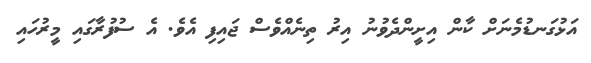
އަޅުގަނޑުމެނަށް ކާން އިށީންދެވުނު އިރު ތިނެއްވެސް ޖައިފި އެވެ. އެ ސުފުރާގައި މީރުހައި